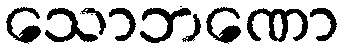
သောဘဏော